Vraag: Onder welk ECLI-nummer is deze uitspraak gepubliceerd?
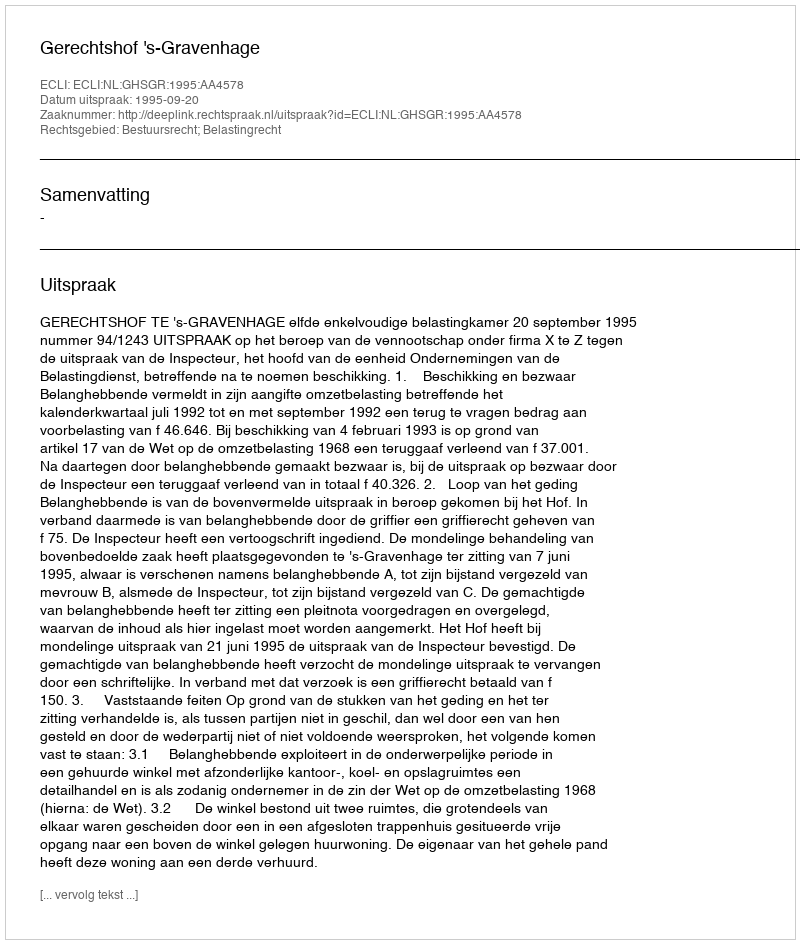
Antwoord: ECLI:NL:GHSGR:1995:AA4578